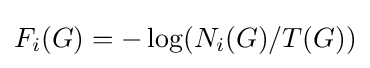
F_{i}(G)=-\log(N_{i}(G)/T(G))